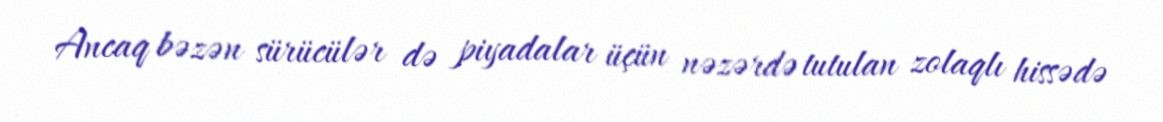
Ancaq bəzən sürücülər də piyadalar üçün nəzərdə tutulan zolaqlı hissədə